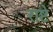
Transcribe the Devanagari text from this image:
राष्टे